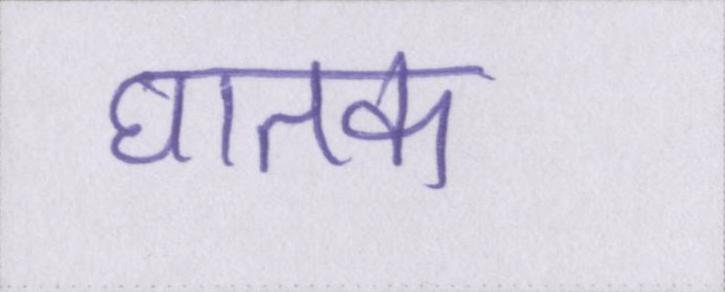
घातक